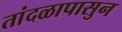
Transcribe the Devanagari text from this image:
तांदळापासुन